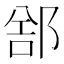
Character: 𲆕